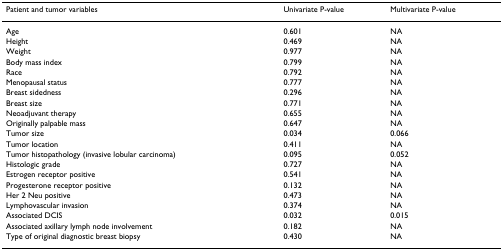
<table><thead><tr><td><b>Patient and tumor variables</b></td><td><b>Univariate P-value</b></td><td><b>Multivariate P-value</b></td></tr></thead><tbody><tr><td>Age</td><td>0.601</td><td>NA</td></tr><tr><td>Height</td><td>0.469</td><td>NA</td></tr><tr><td>Weight</td><td>0.977</td><td>NA</td></tr><tr><td>Body mass index</td><td>0.799</td><td>NA</td></tr><tr><td>Race</td><td>0.792</td><td>NA</td></tr><tr><td>Menopausal status</td><td>0.777</td><td>NA</td></tr><tr><td>Breast sidedness</td><td>0.296</td><td>NA</td></tr><tr><td>Breast size</td><td>0.771</td><td>NA</td></tr><tr><td>Neoadjuvant therapy</td><td>0.655</td><td>NA</td></tr><tr><td>Originally palpable mass</td><td>0.647</td><td>NA</td></tr><tr><td>Tumor size</td><td>0.034</td><td>0.066</td></tr><tr><td>Tumor location</td><td>0.411</td><td>NA</td></tr><tr><td>Tumor histopathology (invasive lobular carcinoma)</td><td>0.095</td><td>0.052</td></tr><tr><td>Histologic grade</td><td>0.727</td><td>NA</td></tr><tr><td>Estrogen receptor positive</td><td>0.541</td><td>NA</td></tr><tr><td>Progesterone receptor positive</td><td>0.132</td><td>NA</td></tr><tr><td>Her 2 Neu positive</td><td>0.473</td><td>NA</td></tr><tr><td>Lymphovascular invasion</td><td>0.374</td><td>NA</td></tr><tr><td>Associated DCIS</td><td>0.032</td><td>0.015</td></tr><tr><td>Associated axillary lymph node involvement</td><td>0.182</td><td>NA</td></tr><tr><td>Type of original diagnostic breast biopsy</td><td>0.430</td><td>NA</td></tr></tbody></table>